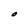
Character: O